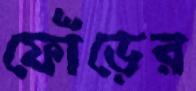
ফোঁড়ের